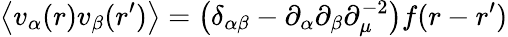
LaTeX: \left\langle v_{\alpha}(r)v_{\beta}(r^{\prime})\right\rangle=\left(\delta_{\alpha\beta}-\partial_{\alpha}\partial_{\beta}\partial_{\mu}^{-2}\right)f(r-r^{\prime})